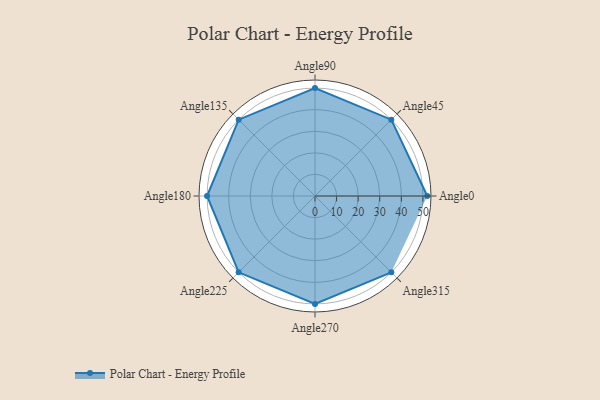
{"axis": {"x": "Angle", "y": "Radius"}, "legend": [""], "data": [{"x": "Angle0", "y": 52.0, "type": ""}, {"x": "Angle45", "y": 50, "type": ""}, {"x": "Angle90", "y": 50, "type": ""}, {"x": "Angle135", "y": 50, "type": ""}, {"x": "Angle180", "y": 50, "type": ""}, {"x": "Angle225", "y": 50, "type": ""}, {"x": "Angle270", "y": 50, "type": ""}, {"x": "Angle315", "y": 50, "type": ""}]}